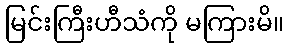
မြင်းကြီးဟီသံကို မကြားမိ။